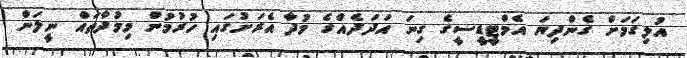
އުލިގަމަށް ގެންދިޔަ އެމްޓީޑީސީގެ ގިނަ އަދަދެއްގެ މުދާ އެރަށުގައި ހުރުމުން މިމުދާތައް ނީލަން